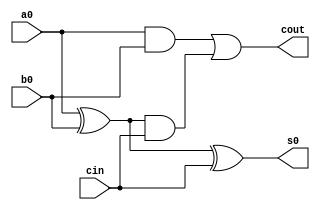
// ---------------------
// ALU - 4B
// Nome: Daniel Sathler Silva
// ---------------------

// ---------------------
// -- fulladder
// ---------------------

module fulladder(cout, s0, a0, b0, cin);
	output cout, s0;
	input a0, b0, cin;
	wire c0,c1,c2; 
	
	xor xor1(c0, a0, b0);
	and and1(c1, a0, b0);
	
	xor xor2(s0, c0, cin);
	and and2(c2, c0, cin);
	
	or or1(cout, c1, c2);
	
endmodule //fulladder

// ---------------------
// -- adder
// ---------------------

module adder(flags,s,ch,a,b);
	output [4:0] s;
	output [1:0] flags;
	input [3:0] a , b;
	input ch;
	wire c1, c3, c5, c7,c9,x1,x2,x3,x4; 
	
	
	xor xor1(x1,ch,b[0]);
	xor xor2(x2,ch,b[1]);
	xor xor3(x3,ch,b[2]);
	xor xor4(x4,ch,b[3]);
	
	
	fulladder f1(c1, s[0], a[0], x1, ch);
	fulladder f2(c3, s[1], a[1], x2, c1);
	fulladder f3(c5, s[2], a[2], x3, c3);
	fulladder f4(c9, s[3], a[3], x4, c5);
	xor xor5(s[4],c9,ch);
	
	not not1(c7,c5);
	and and1(flags[1], c7, s[4]);
	
	nor nor1 (flags[0], s[4],s[3],s[2],s[1],s[0]);
	
endmodule //adder

// ---------------------
// -- comparador
// ---------------------

module comparador(maior, menor, dif, igual,a,b);

	output maior, menor, dif, igual;
	input [3:0] a , b;
	
	wire a1,a2,a3,a4,a5,a6,a7,a8,a10,a11,a12,a13,a14,a15,o1,o2,o3,o4;
	
	and and1(a1, ~a[0], b[0]);
	and and2(a2, a[0], ~b[0]);
	and and3(a3, ~a[1], b[1]);
	and and4(a4, a[1], ~b[1]);
	and and5(a5, ~a[2], b[2]);
	and and6(a6, a[2], ~b[2]);
	and and7(a7, ~a[3], b[3]);
	and and8(a8, a[3], ~b[3]);
	
	nor nor1(o1,a1,a2);
	nor nor2(o2,a3,a4);
	nor nor3(o3,a5,a6);
	nor nor4(o4,a7,a8);
	
	and and10(a10,a3,o1);
	and and11(a11,a4,o1);
	and and12(a12,a5,o1,o2);
	and and13(a13,a6,o1,o2);
	and and14(a14,a7,o1,o2,o3);
	and and15(a15,a8,o1,o2,o3);
	and and16(igual,o1,o2,o3,o4);
	
	assign dif = ~igual;
	
	or or10(menor,a1,a10,a12,a14); 
	or or11(maior,a2,a11,a13,a15);
	
endmodule //comparador
	
// ---------------------
// -- teste
// ---------------------
module teste;

	wire[4:0] s;
	wire[1:0] f;
	wire maior,menor,dif,igual;
	reg[3:0] a,b;
	reg ch;
	
	adder A1(f,s,ch, a, b);
	comparador c1(maior, menor, dif, igual,a,b);
	
	initial begin
		
		$display("Daniel Sathler Silva - 405795");
      $display("Test ALU");
		$display("ch  A    B   =  S      M m D I O Z");
		$monitor("%b %4b  %4b =  %5b  %b %b %b %b %b %b", ch,a, b, s,  maior,menor,dif,igual,f[1],f[0]);
		#1 ch=1; a=0; b=1; 
		#1 ch=0; a=1; b=1; 
		#1 ch=1; a=2; b=1;
		#1 ch=1; a=2; b=0; 
		#1 ch=0; a=3; b=1; 
		#1 ch=1; a=3; b=2;
		#1 ch=1; a=3; b=3; 
		#1 ch=0; a=4; b=1; 
		#1 ch=1; a=4; b=2;
		#1 ch=1; a=4; b=3; 
		#1 ch=0; a=4; b=4; 
		#1 ch=1; a=5; b=1; 
	end
	
endmodule //teste